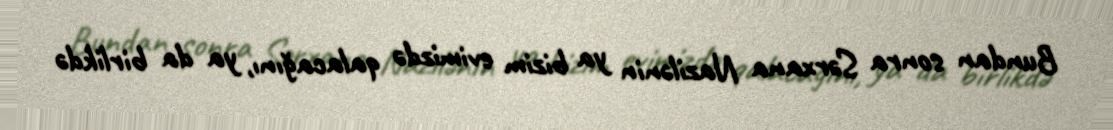
Bundan sonra Sərxana Nazilənin ya bizim evimizdə qalacağını, ya da birlikdə